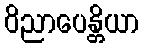
ဝိညာပေန္တိယာ